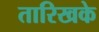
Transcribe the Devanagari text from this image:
तारिखके